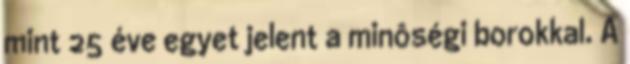
mint 25 éve egyet jelent a minôségi borokkal. A